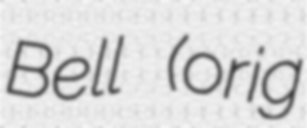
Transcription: Bell (orig